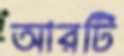
আরটি